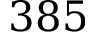
3 8 5